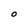
Character: O